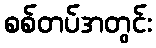
စစ်တပ်အတွင်း